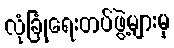
လုံခြုံရေးတပ်ဖွဲ့များမှ